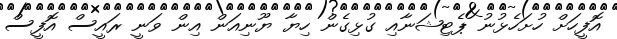
އޮފީހަށް ހުށަހެޅުނު ޕެޓިޝަނާއި ގުޅިގެން ހިޔާ ޔޫނިއަން އިން ވަނީ ރައީސް އޮފީސް